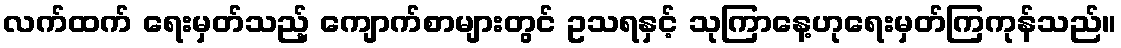
လက်ထက် ရေးမှတ်သည့် ကျောက်စာများတွင် ဥသရနှင့် သုကြာနေ့ဟုရေးမှတ်ကြကုန်သည်။